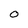
Character: 0